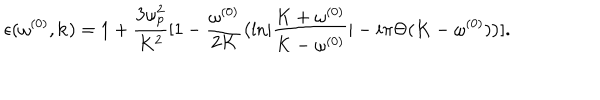
LaTeX: \epsilon ( \omega ^ { ( 0 ) } , { \bf k } ) = 1 + { \frac { 3 \omega _ { p } ^ { 2 } } { K ^ { 2 } } } [ 1 - { \frac { \omega ^ { ( 0 ) } } { 2 K } } \bigl ( { \ln } | { \frac { K + \omega ^ { ( 0 ) } } { K - \omega ^ { ( 0 ) } } } | - i \pi \Theta ( K - \omega ^ { ( 0 ) } ) \bigr ) ] .